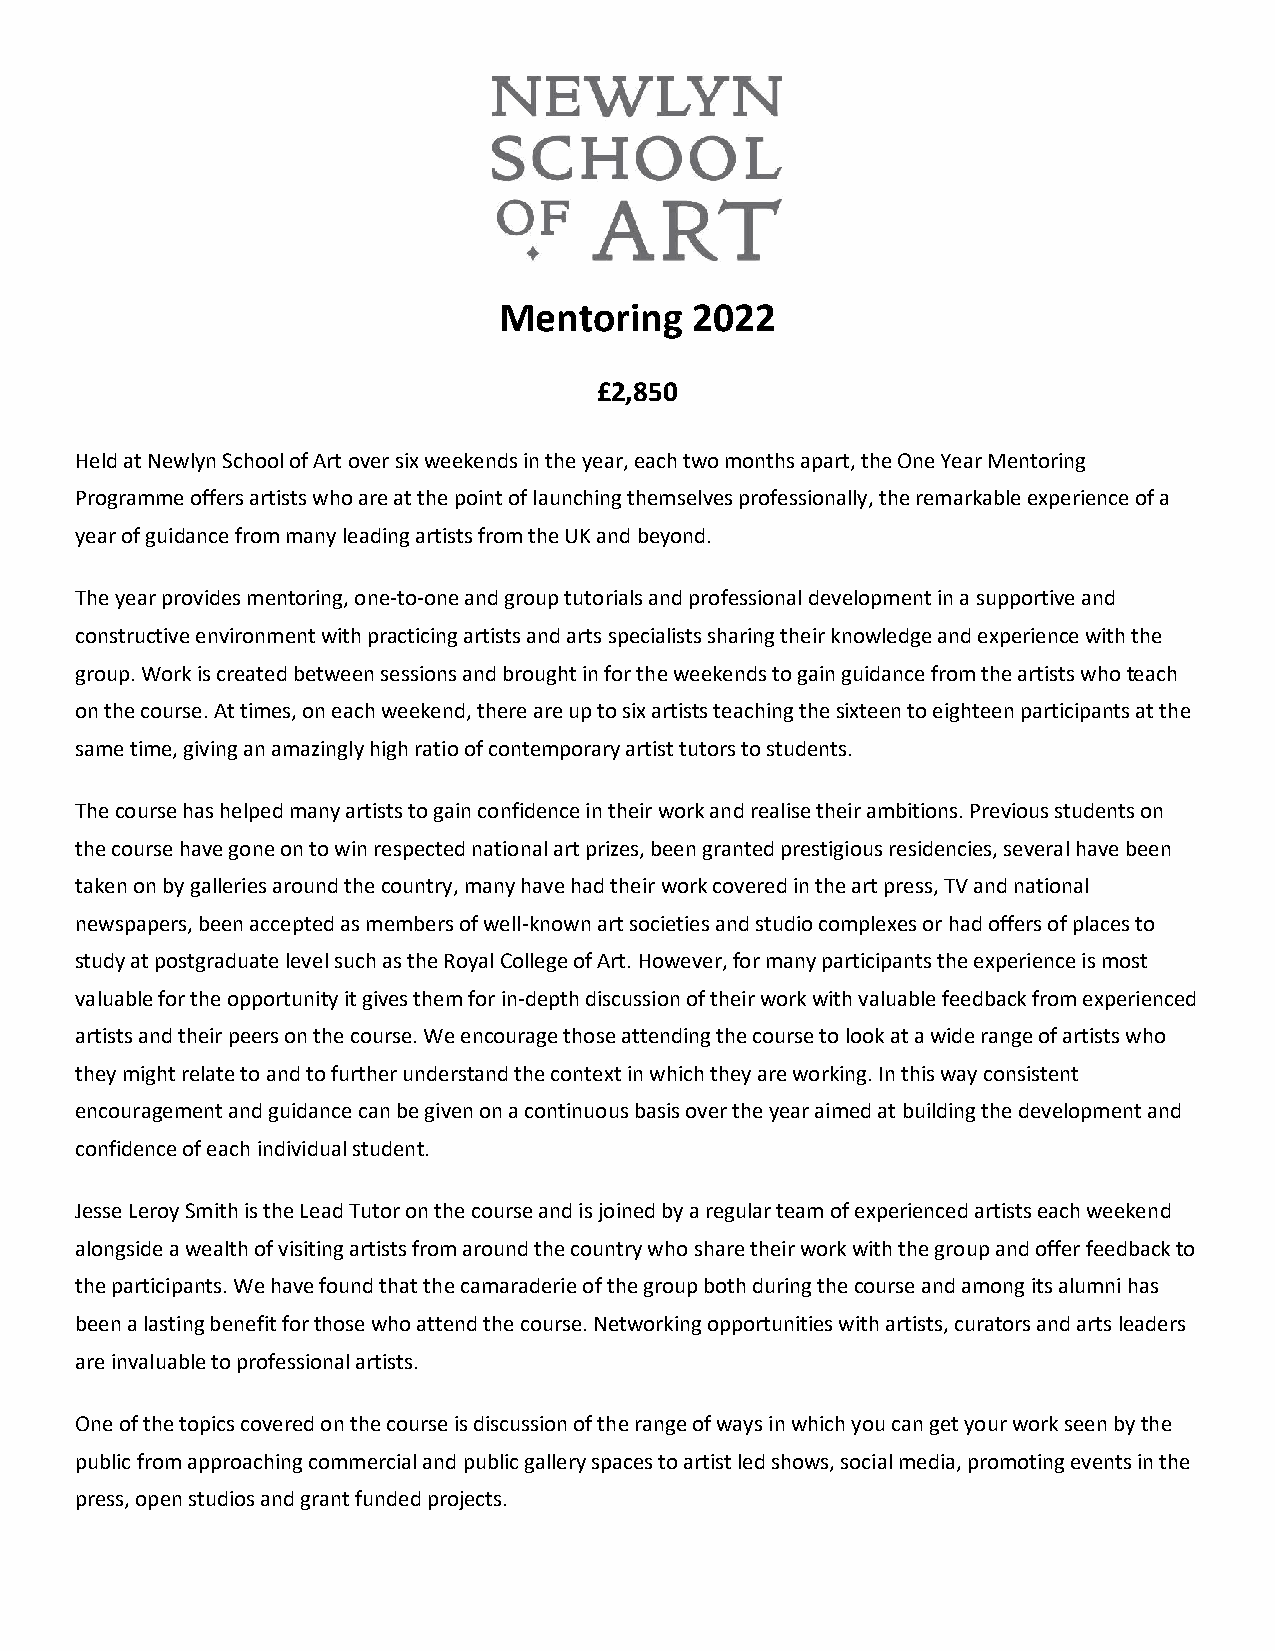
Mentoring    2022
 £2,850
 Held at Newlyn School of Art over six weekends in the year, each two months apart, the One Year Mentoring
 Programme offers artists who are at the point of launching themselves professionally, the remarkable experience of a
 year of guidance from many leading artists from the UK and beyond.
 The year provides mentoring, one-to-one and group tutorials and professional development in a supportive and
 constructive environment with practicing artists and arts specialists sharing their knowledge and experience with the
 group. Work is created between sessions and brought in for the weekends to gain guidance from the artists who teach
 on the course. At times, on each weekend, there are up to six artists teaching the sixteen to eighteen participants at the
 same time, giving an amazingly high ratio of contemporary artist tutors to students.
 The course has helped many artists to gain confidence in their work and realise their ambitions. Previous students on
 the course have gone on to win respected national art prizes, been granted prestigious residencies, several have been
 taken on by galleries around the country, many have had their work covered in the art press, TV and national
 newspapers, been accepted as members of well-known art societies and studio complexes or had offers of places to
 study at postgraduate level such as the Royal College of Art. However, for many participants the experience is most
 valuable for the opportunity it gives them for in-depth discussion of their work with valuable feedback from experienced
 artists and their peers on the course. We encourage those attending the course to look at a wide range of artists who
 they might relate to and to further understand the context in which they are working. In this way consistent
 encouragement and guidance can be given on a continuous basis over the year aimed at building the development and
 confidence of each individual student.
 Jesse Leroy Smith is the Lead Tutor on the course and is joined by a regular team of experienced artists each weekend
 alongside a wealth of visiting artists from around the country who share their work with the group and offer feedback to
 the participants. We have found that the camaraderie of the group both during the course and among its alumni has
 been a lasting benefit for those who attend the course. Networking opportunities with artists, curators and arts leaders
 are invaluable to professional artists.
 One of the topics covered on the course is discussion of the range of ways in which you can get your work seen by the
 public from approaching commercial and public gallery spaces to artist led shows, social media, promoting events in the
 press, open studios and grant funded projects.